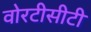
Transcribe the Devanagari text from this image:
वोरटीसीटी